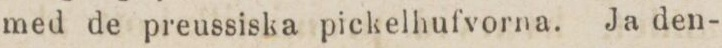
med de preussiska pickelhufvorna. Ja den-